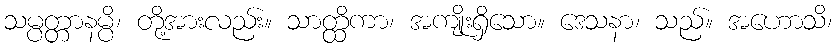
သမ္ပတ္တာနမ္ပိ၊ တို့အားလည်း။ သာတ္ထိကာ၊ အကျိုးရှိသော။ ဒေသနာ၊ သည်။ အဟောသိ၊